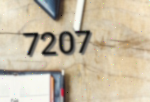
7207